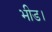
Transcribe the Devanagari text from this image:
भीड।